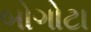
બોગોટા